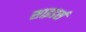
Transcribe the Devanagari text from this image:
साइडर्स